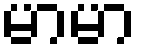
မာမာ